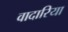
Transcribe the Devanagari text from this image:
वादारिया